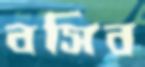
বসিব